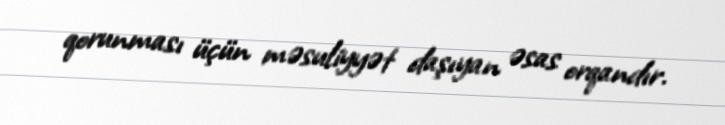
qorunması üçün məsuliyyət daşıyan əsas orqandır.